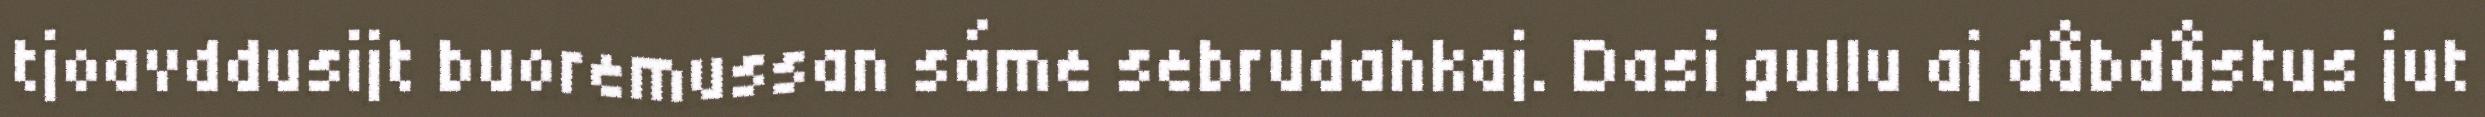
tjoavddusijt buoremussan sáme sebrudahkaj. Dasi gullu aj dåbdåstus jut